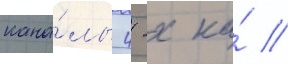
кана́лы 4-х ка́ //